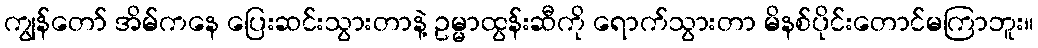
ကျွန်တော် အိမ်ကနေ ပြေးဆင်းသွားတာနဲ့ ဥမ္မာထွန်းဆီကို ရောက်သွားတာ မိနစ်ပိုင်းတောင်မကြာဘူး။